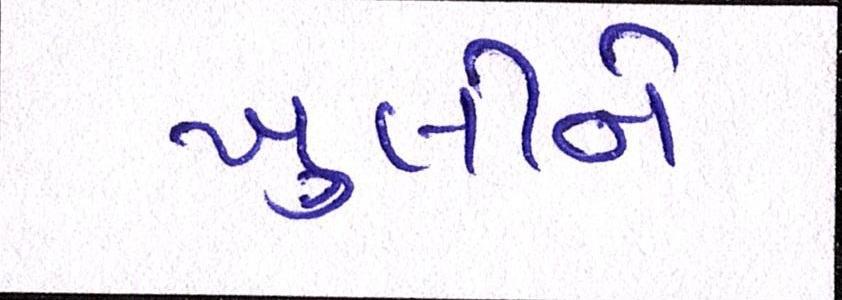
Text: ખુલીને